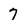
Character: 7